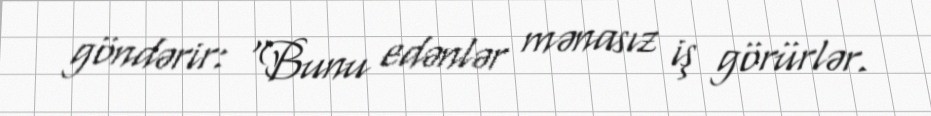
göndərir: "Bunu edənlər mənasız iş görürlər.